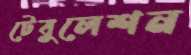
টেবুলেশন